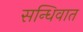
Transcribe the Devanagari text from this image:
सन्धिवात